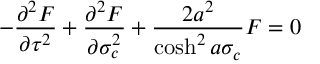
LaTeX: - \frac { { \partial } ^ { 2 } F } { { \partial } \tau ^ { 2 } } + \frac { { \partial } ^ { 2 } F } { { \partial } \sigma _ { c } ^ { 2 } } + \frac { 2 a ^ { 2 } } { \cosh ^ { 2 } a \sigma _ { c } } F = 0